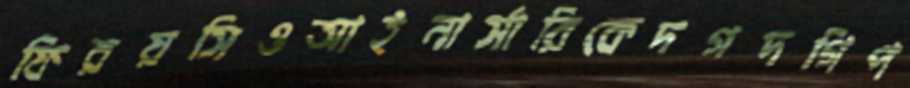
ফিরয়সিওআইনার্সারিকেদগদগিপ